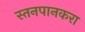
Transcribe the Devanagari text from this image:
स्तनपानकरा